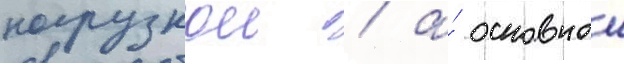
нагрузкои / а́ основнои